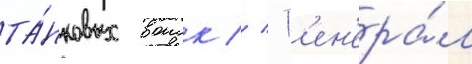
та́нковых воиск // Г'ен'ера́л